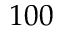
1 0 0